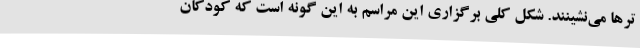
ترها می‌نشینند. شکل کلی برگزاری این مراسم به این گونه است که کودکان